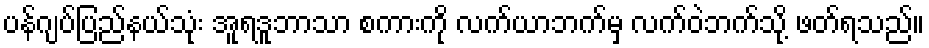
ပန်ဂျပ်ပြည်နယ်သုံး အူရဒူဘာသာ စကားကို လက်ယာဘက်မှ လက်ဝဲဘက်သို့ ဖတ်ရသည်။